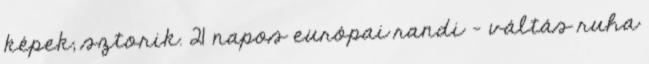
képek, sztorik. 21 napos európai randi - váltás ruha